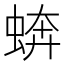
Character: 𧎔